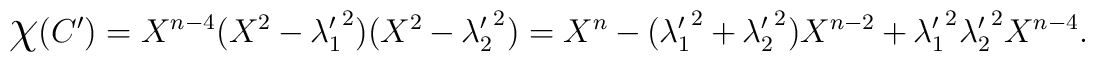
\mbox{\Large$\chi$}({C'})=X^{n-4}(X^2-{\lambda'_1}^2)(X^2-{\lambda'_2}^2)=X^n -({\lambda'_1}^2 + {\lambda'_2}^2)X^{n-2}+{\lambda'_1}^2{\lambda'_2}^2X^{n-4}.